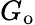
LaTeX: G_{\mathrm{o}}